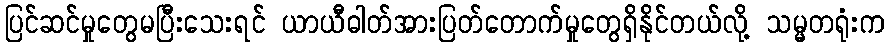
ပြင်ဆင်မှုတွေမပြီးသေးရင် ယာယီဓါတ်အားပြတ်တောက်မှုတွေရှိနိုင်တယ်လို့ သမ္မတရုံးက